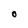
Character: O